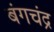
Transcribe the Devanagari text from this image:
बंगचंद्र